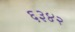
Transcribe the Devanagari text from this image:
६३४२